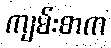
ကျမ်းစာက